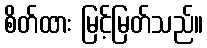
စိတ်ထား မြင့်မြတ်သည်။